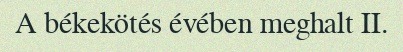
A békekötés évében meghalt II.